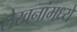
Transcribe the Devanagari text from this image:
लेखनांमध्ये